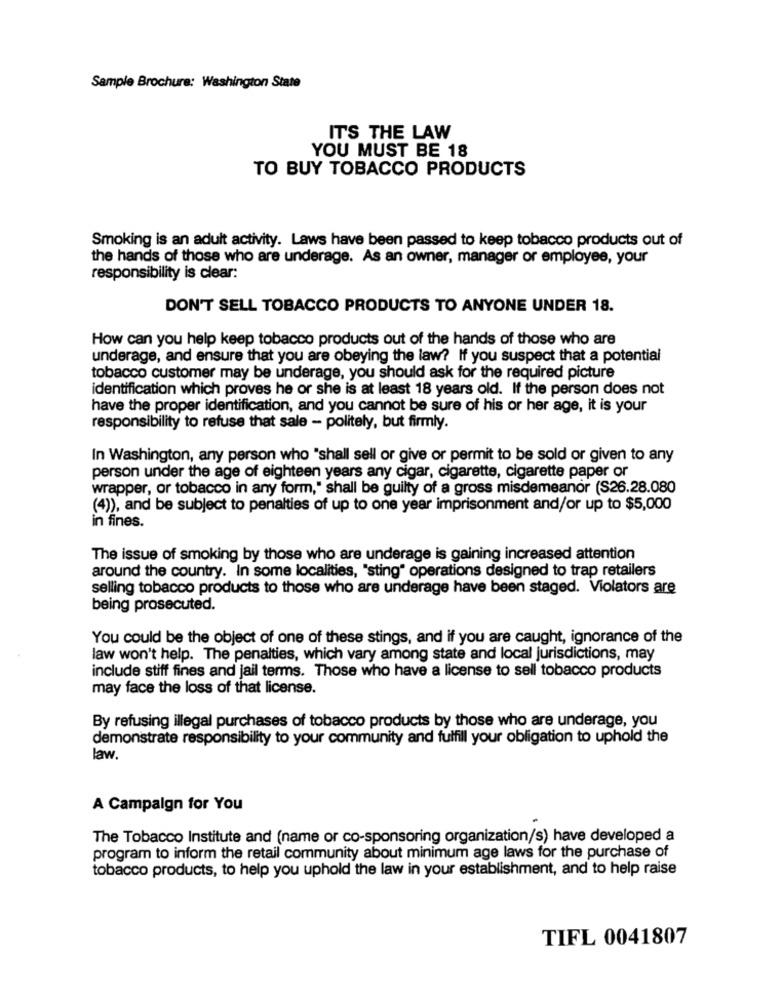
Sample Brochure: Washington State
IT'S THE LAW
YOU MUST BE 18
TO BUY TOBACCO PRODUCTS
Smoking is an adult activity. Laws have been passed to keep tobacco products out of
the hands of those who are underage. As an owner, manager or employee, your
responsibility is clear:
DON'T SELL TOBACCO PRODUCTS TO ANYONE UNDER 18.
How can you help keep tobacco products out of the hands of those who are
underage, and ensure that you are obeying the law? If you suspect that a potential
tobacco customer may be underage, you should ask for the required picture
identification which proves he or she is at least 18 years old. If the person does not
have the proper identification, and you cannot be sure of his or her age, it is your
responsibility to refuse that sale - politely, but firmly.
In Washington, any person who "shall sell or give or permit to be sold or given to any
person under the age of eighteen years any cigar, cigarette, cigarette paper or
wrapper, or tobacco in any form," shall be guilty of a gross misdemeanor (S26.28.080
(4)), and be subject to penalties of up to one year imprisonment and/or up to $5,000
in fines.
The issue of smoking by those who are underage is gaining increased attention
around the country. In some localities, "sting" operations designed to trap retailers
selling tobacco products to those who are underage have been staged. Violators are
being prosecuted.
You could be the object of one of these stings, and if you are caught, ignorance of the
law won't help. The penalties, which vary among state and local jurisdictions, may
include stiff fines and jail terms. Those who have a license to sell tobacco products
may face the loss of that license.
By refusing illegal purchases of tobacco products by those who are underage, you
demonstrate responsibility to your community and fulfill your obligation to uphold the
law.
A Campaign for You
The Tobacco Institute and (name or co-sponsoring organization/s) have developed a
program to inform the retail community about minimum age laws for the purchase of
tobacco products, to help you uphold the law in your establishment, and to help raise
TIFL 0041807